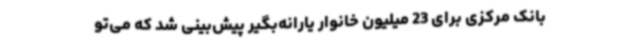
بانک مرکزی برای 23 میلیون خانوار یارانه‌بگیر پیش‌بینی شد که می‌تو